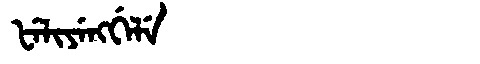
Manchu: ᡶᡝᠯᡳᠶᡝᠩᡤᡝᠯᡝ
Romanization: FELIYENGGELE